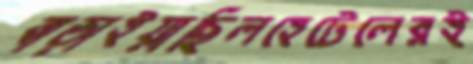
বাড়াইয়াছিলহেটেলেরই